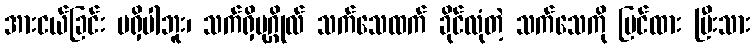
အားငယ်ခြင်း မရှိပါဘူး၊ သက်ရှိပုဂ္ဂိုလ် သက်သေထက် ခိုင်လုံတဲ့ သက်သေကို မြင်ထား ပြီးသား